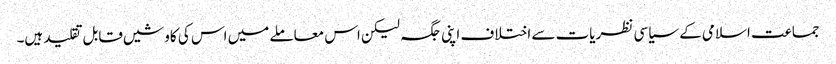
جماعت اسلامی کے سیاسی نظریات سے اختلاف اپنی جگہ لیکن اس معاملے میں اس کی کاوشیں قابل تقلید ہیں۔